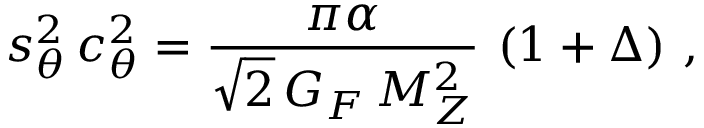
s _ { \theta } ^ { 2 } \, c _ { \theta } ^ { 2 } = \frac { \pi \alpha } { \sqrt { 2 } \, G _ { F } \, M _ { Z } ^ { 2 } } \, \left( 1 + \Delta \right) \, ,